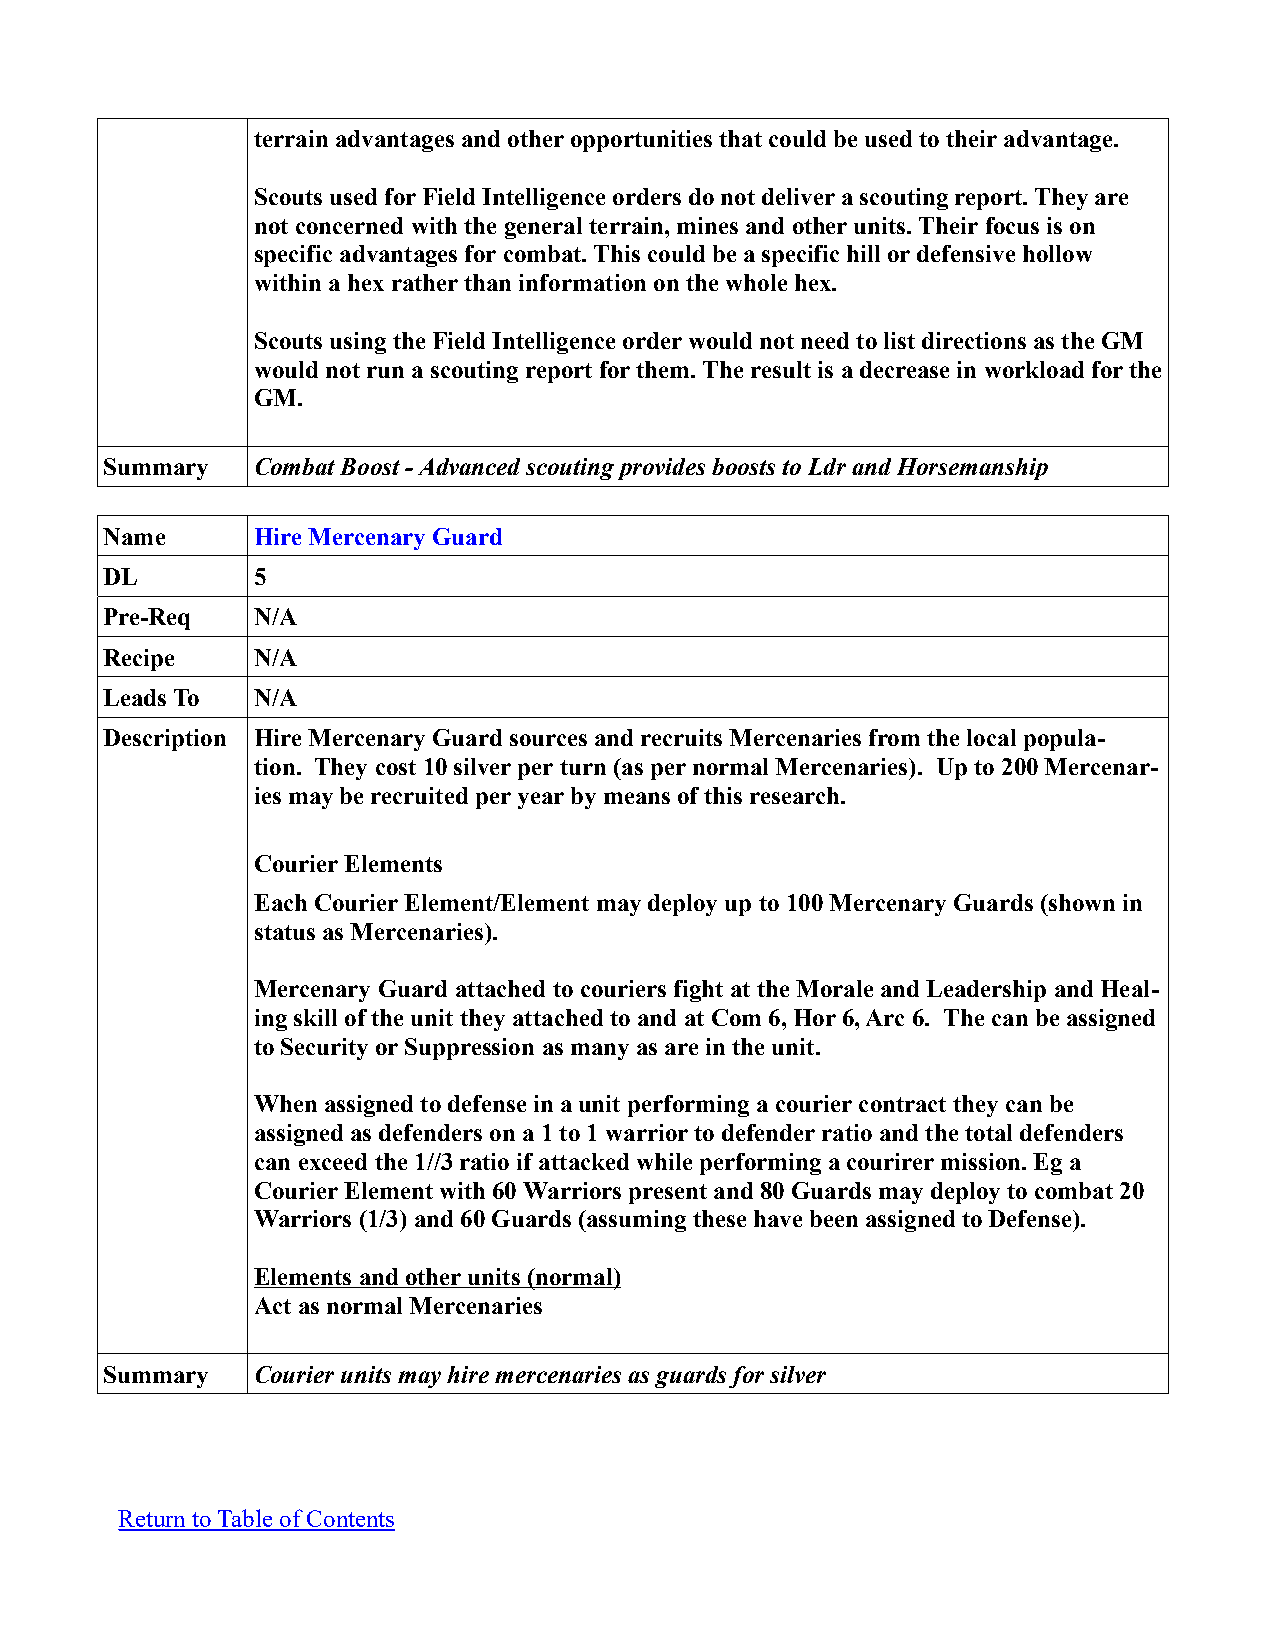
terrain advantages and other opportunities that could be used to their advantage.
 Scouts used for Field Intelligence orders do not deliver a scouting report. They are
 not concerned with the general terrain, mines and other units. Their focus is on
 specific advantages for combat. This could be a specific hill or defensive hollow
 within a hex rather than information on the whole hex.
 Scouts using the Field Intelligence order would not need to list directions as the GM
 would not run a scouting report for them. The result is a decrease in workload for the
 GM.
 Summary   Combat Boost - Advanced scouting provides boosts to Ldr and Horsemanship
 Name      Hire Mercenary Guard
 DL        5
 Pre-Req   N/A
 Recipe    N/A
 Leads To  N/A
 Description Hire Mercenary Guard sources and recruits Mercenaries from the local popula-
 tion. They cost 10 silver per turn (as per normal Mercenaries). Up to 200 Mercenar-
 ies may be recruited per year by means of this research.
 Courier Elements
 Each Courier Element/Element may deploy up to 100 Mercenary Guards (shown in
 status as Mercenaries).
 Mercenary Guard attached to couriers fight at the Morale and Leadership and Heal-
 ing skill of the unit they attached to and at Com 6, Hor 6, Arc 6. The can be assigned
 to Security or Suppression as many as are in the unit.
 When assigned to defense in a unit performing a courier contract they can be
 assigned as defenders on a 1 to 1 warrior to defender ratio and the total defenders
 can exceed the 1//3 ratio if attacked while performing a courirer mission. Eg a
 Courier Element with 60 Warriors present and 80 Guards may deploy to combat 20
 Warriors (1/3) and 60 Guards (assuming these have been assigned to Defense).
 Elements and other units (normal)
 Act as normal Mercenaries
 Summary   Courier units may hire mercenaries as guards for silver
 Return to Table of Contents